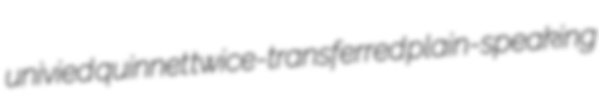
univied quinnet twice-transferred plain-speaking